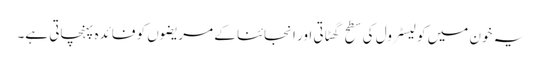
یہ خون میں کولیسٹرول کی سطح گھٹاتی اور انجائنا کے مریضوں کو فائدہ پہنچاتی ہے۔